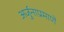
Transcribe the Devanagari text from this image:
अर्जुनाप्रमाणे